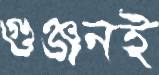
গুঞ্জনই